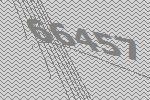
66457